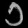
Digit: ၁